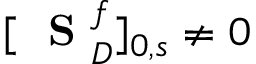
[ \mathrm { ~ \bf ~ S ~ } _ { D } ^ { f } ] _ { 0 , s } \neq 0